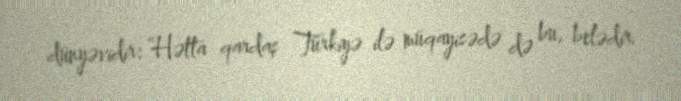
dünyəvidir: “Hətta qardaş Türkiyə ilə müqayisədə də bu, belədir.